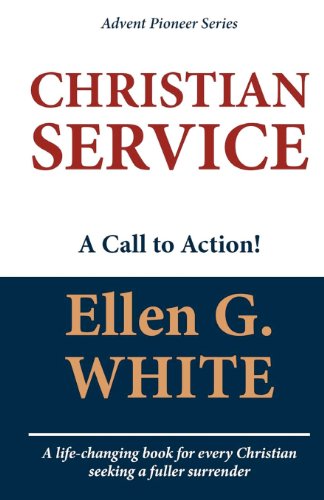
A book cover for Christian Service; Ellen G. White; Christian Books & Bibles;